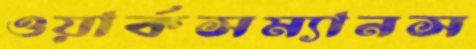
ওয়ার্কসম্যানস